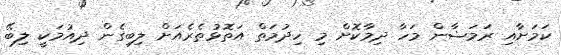
ކަމަށާއި ރަމަޟާން މަހާ ދިމާކޮށް މި ހިދުމަތް އަތޮޅުތެރެއަށް ލިބިގެން ދިއުމަކީ ލިބޭ